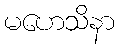
မဟေသိနာ